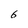
Character: 6